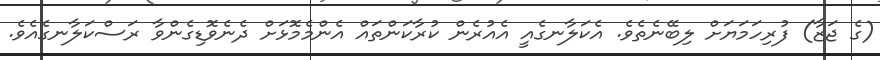
(ގެ ޖަޒާ) ފުރިހަމަޔަށް ލިބޭނެތެވެ. އެކަލާނގެއީ އެއުރެން ކުރާކަންތައް އެންމެމޮޅަށް ދެނެވޮޑިގެންވާ ރަސްކަލާނގެއެވެ.